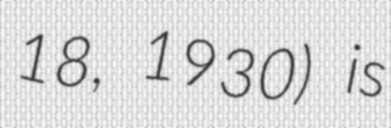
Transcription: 18, 1930) is